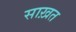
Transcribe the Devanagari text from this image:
साख़त